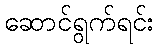
ဆောင်ရွက်ရင်း